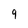
Character: 9